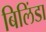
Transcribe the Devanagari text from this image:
बिलिंडा